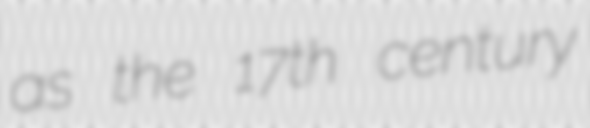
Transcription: as the 17th century